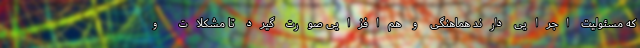
که مسئولیت اجرایی دارند هماهنگی و هم‌افزایی صورت گیرد تا مشکلات و